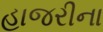
હાજરીના